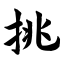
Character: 挑